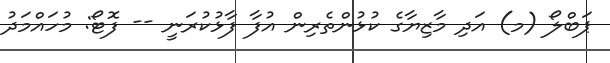
ޕަބްލޯ (މ) އަދި މާޒިޔާގެ ކުޅުންތެރިން އުފާ ފާޅުކުރަނީ -- ފޮޓޯ: މުހައްމަދު